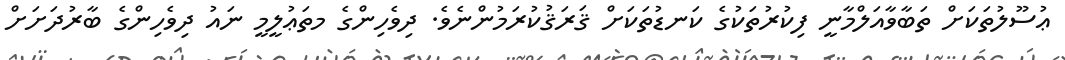
ޢުސޫލުތަކަށް ތަބާވާއަލްމާނީ ފިކުރުތަކުގެ ކަނޑުތަކަށް ޤަރަޤުކުރަމުންނެވެ. ދިވެހިންގެ މތަޢުލީމީ ނައު ދިވެހިންގެ ބާރުދަށަށް